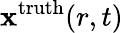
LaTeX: \mathbf{x}^{\mathrm{{{truth}}}}(r,t)